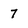
Character: 7